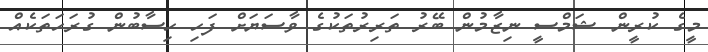
މީގެ ކުރީން ޝަމްސީ ނިޒާމުން ބޭރު ތަރިރުތަކުގެ ވާސަޔަށް ފަހި ހިސާބުން ގުރަހަތަކެއް